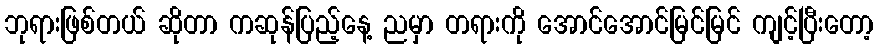
ဘုရားဖြစ်တယ် ဆိုတာ ကဆုန်ပြည့်နေ့ ညမှာ တရားကို အောင်အောင်မြင်မြင် ကျင့်ပြီးတော့